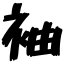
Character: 袖